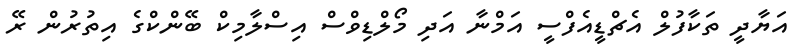
އަޔާދީ ތަކާފުލް އެޗްޑީއެފްސީ އަމްނާ އަދި މޯލްޑިވްސް އިސްލާމިކް ބޭންކްގެ އިތުރުން ރޭ